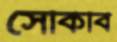
সেকিবি